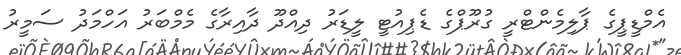
އެމްޑީޕީގެ ޕާލިމެންޓްރީ ގުރޫޕްގެ ޑެޕިއުޓީ ލީޑަރު ދިއްދޫ ދާއިރާގެ މެމްބަރު އަހްމަދު ސަމީރު